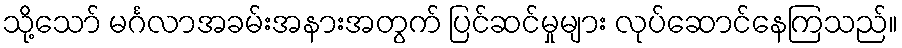
သို့သော် မင်္ဂလာအခမ်းအနားအတွက် ပြင်ဆင်မှုများ လုပ်ဆောင်နေကြသည်။